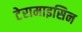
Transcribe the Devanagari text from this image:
टेरामाइसिन